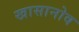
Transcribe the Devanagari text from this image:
खासानोव